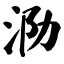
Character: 泐